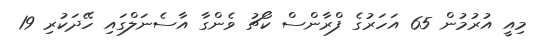
މިއީ އުރުމުން 65 އަހަރުގެ ފްރާންސް ކޯޗު ވެންގާ އާސެނަލްގައި ހޭދަކުރި 19